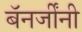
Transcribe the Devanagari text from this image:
बॅनर्जींनी